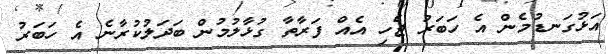
އަޅުގަނޑުމެން އެ ހަބަރު ޖެހި އެއް ފަރާތާ ގުޅާލުމުން ބަދަލުކުރާނެ އެ ހަބަރު